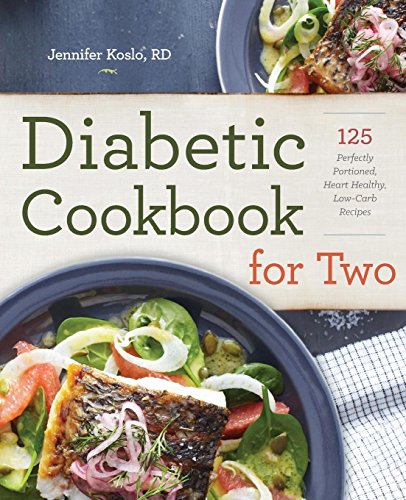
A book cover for Diabetic Cookbook for Two: 125 Perfectly Portioned, Heart-Healthy, Low-Carb Recipes; Jennifer Koslo; Cookbooks, Food & Wine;